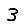
Digit: 3